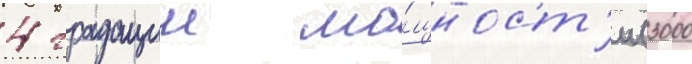
4 градации мо́щност'и (3000